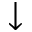
\downarrow